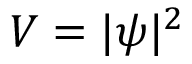
V = | \psi | ^ { 2 }